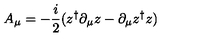
A _ { \mu } = - { \frac { i } { 2 } } ( z ^ { \dagger } \partial _ { \mu } z - \partial _ { \mu } z ^ { \dagger } z )